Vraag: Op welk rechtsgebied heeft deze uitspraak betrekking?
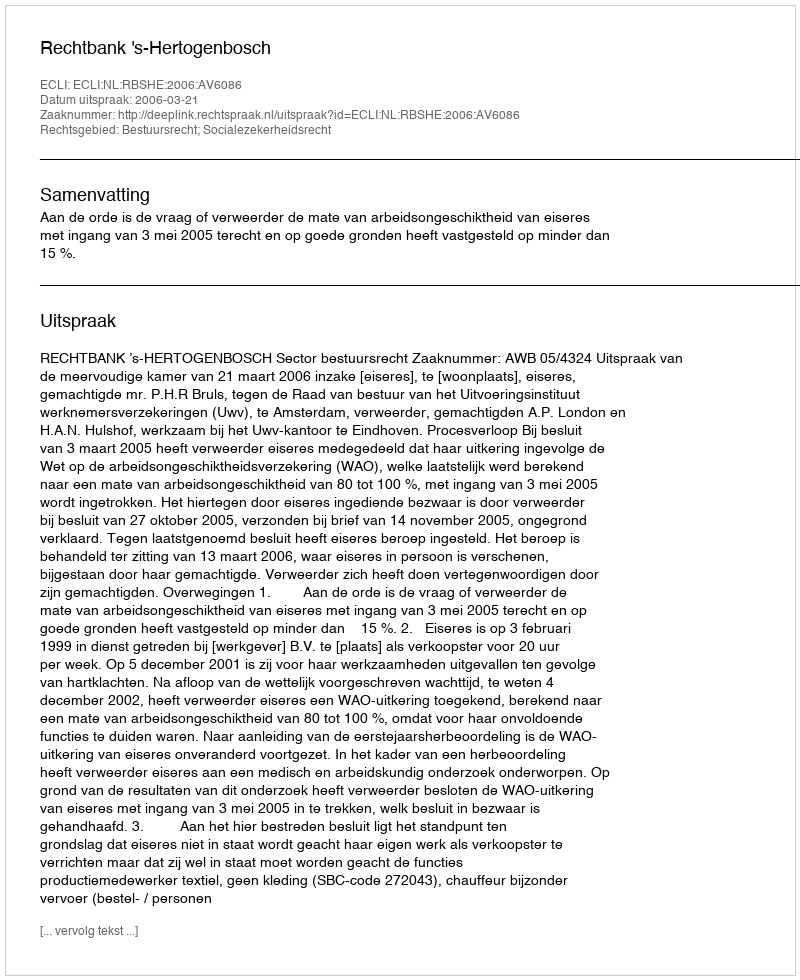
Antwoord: Bestuursrecht; Socialezekerheidsrecht